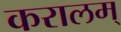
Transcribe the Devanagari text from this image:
करालम्